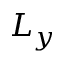
L _ { y }